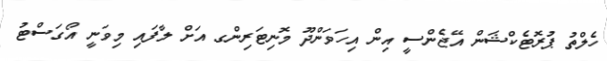
ހެލްތު ޕުރޮޓެކްޝަން އޭޖެންސީ އިން އިހަވަންދޫ މޮނިޓަރިންގ އަށް ލާފައި މިވަނީ އޯގަސްޓު